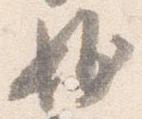
妙